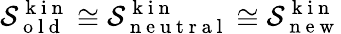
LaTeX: \mathcal{S}_{\mathrm{~o~l~d~}}^{\mathrm{~k~i~n~}}\cong\mathcal{S}_{\mathrm{~n~e~u~t~r~a~l~}}^{\mathrm{~k~i~n~}}\cong\mathcal{S}_{\mathrm{~n~e~w~}}^{\mathrm{~k~i~n~}}